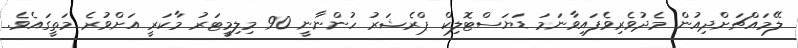
ލޭމައްޗަށްދިއުން މެދުވެރިވެފައިވާނަމަ ޑަޔަސްޓޮލިކް ޕްރެޝަރު ހުންނާނީ 90 މިލިމީޓަރު މާކަރީ އަށްވުރެ މަތީގައެވެ.